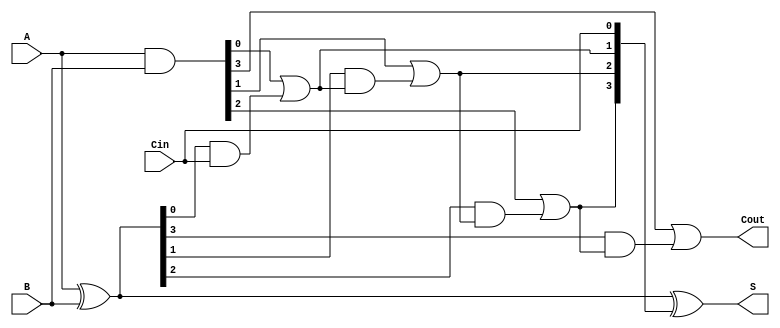
module VLCLA #(parameter N = 4) (
    input  wire [N-1:0] A,      // First operand
    input  wire [N-1:0] B,      // Second operand
    input  wire Cin,             // Carry-in
    output wire [N-1:0] S,       // Sum output
    output wire Cout             // Carry-out
);

    // Generate and Propagate signals
    wire [N-1:0] G; // Generate
    wire [N-1:0] P; // Propagate
    wire [N:0] C;   // Carry signals

    // Generate and Propagate calculations
    assign G = A & B;         // G[i] = A[i] AND B[i]
    assign P = A ^ B;         // P[i] = A[i] XOR B[i]

    // Carry lookahead logic
    assign C[0] = Cin; // C[0] = Cin

    genvar i;
    generate
        for (i = 0; i < N; i = i + 1) begin : carry_logic
            if (i == 0) begin
                assign C[i + 1] = G[i] | (P[i] & C[i]); // C[i+1] = G[i] OR (P[i] AND C[i])
            end else begin
                assign C[i + 1] = G[i] | (P[i] & C[i]); // C[i+1] = G[i] OR (P[i] AND C[i])
            end
        end
    endgenerate

    // Sum calculation
    assign S = P ^ C[N-1:0]; // S[i] = P[i] XOR C[i]

    // Carry-out
    assign Cout = C[N]; // Cout = C[n]

endmodule